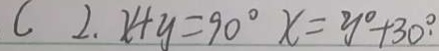
C . 2 . x + y = 9 0 ^ { \circ } x = y ^ { \circ } + 3 0 ^ { \circ } .